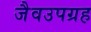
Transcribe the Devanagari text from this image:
जैवउपग्रह